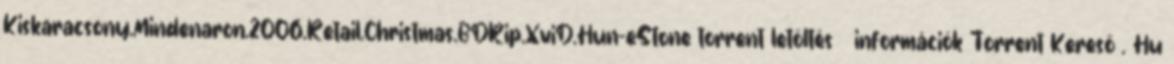
Kiskaracsony.Mindenaron.2006.Retail.Christmas.BDRip.XviD.Hun-eStone torrent letöltés információk Torrent Kereső . Hu